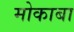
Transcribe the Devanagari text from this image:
मोकाबा